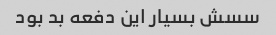
سسش بسیار این دفعه بد بود